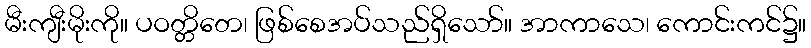
မီးကျီးမိုးကို။ ပဝတ္တိတေ၊ ဖြစ်စေအပ်သည်ရှိသော်။ အာကာသေ၊ ကောင်းကင်၌။